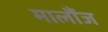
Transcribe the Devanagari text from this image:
मालौंज